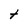
Character: t